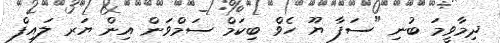
ދިމާވީމަ ބުނި "ސަފާ ޔޫ ހެވް ބިކަމް ސަމްވަން އިން ޔަރ ލައިފް